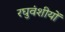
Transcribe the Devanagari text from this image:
रघुवंशीयों